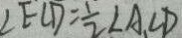
\angle E C D = \frac { 1 } { 2 } \angle A C D